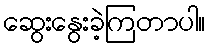
ဆွေးနွေးခဲ့ကြတာပါ။